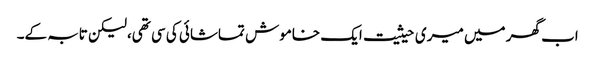
اب گھر میں میری حیثیت ایک خاموش تماشائی کی سی تھی،لیکن تابہ کے۔